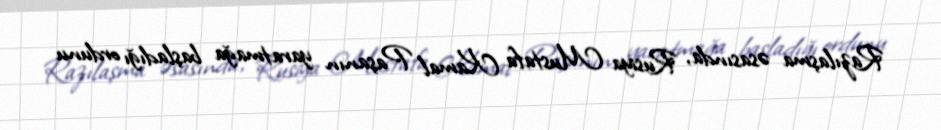
Razılaşma əsasında, Rusiya Mustafa Kamal Paşanın yaratmağa başladığı ordunu